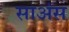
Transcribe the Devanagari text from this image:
साअंस